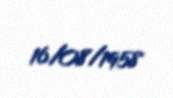
16/08/1958